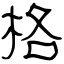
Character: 格